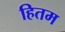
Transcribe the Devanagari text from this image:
हितम